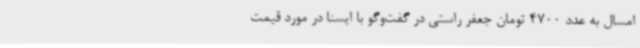
امسال به عدد 4700 تومان جعفر راستی در گفت‌وگو با ایسنا در مورد قیمت